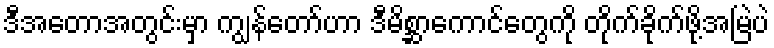
ဒီအတောအတွင်းမှာ ကျွန်တော်ဟာ ဒီမိစ္ဆာကောင်တွေကို တိုက်ခိုက်ဖို့အမြဲပဲ